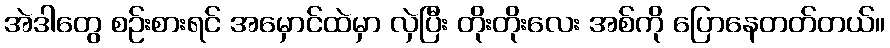
အဲဒါတွေ စဉ်းစားရင် အမှောင်ထဲမှာ လှဲပြီး တိုးတိုးလေး အစ်ကို ပြောနေတတ်တယ်။